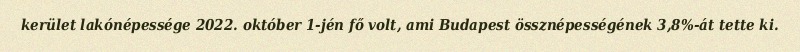
kerület lakónépessége 2022. október 1-jén fő volt, ami Budapest össznépességének 3,8%-át tette ki.